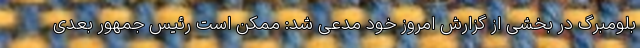
بلومبرگ در بخشی از گزارش امروز خود مدعی شد: ممکن است رئیس جمهور بعدی